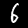
Label: 6